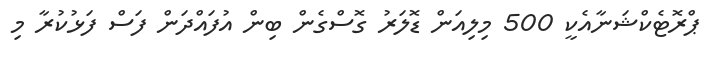
ޕްރޮޓެކްޝަނާއެކީ 500 މިލިއަން ޑޮލަރު ގޮސްގެން ބިން އުފައްދަން ފަސް ފަޅުކުރާ މި